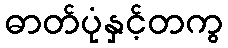
ဓာတ်ပုံနှင့်တကွ